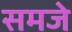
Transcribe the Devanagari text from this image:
समजे